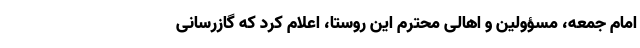
امام جمعه، مسؤولین و اهالی محترم این روستا، اعلام کرد که گازرسانی